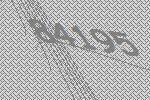
84195